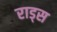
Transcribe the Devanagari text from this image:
राड्स